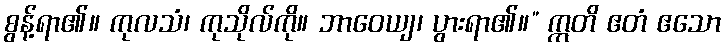
စွန့်ရာ၏။ ကုလသံ၊ ကုသိုလ်ကို။ ဘာဝေယျ၊ ပွားရာ၏။” ဣတိ ဧတံ ဧသော